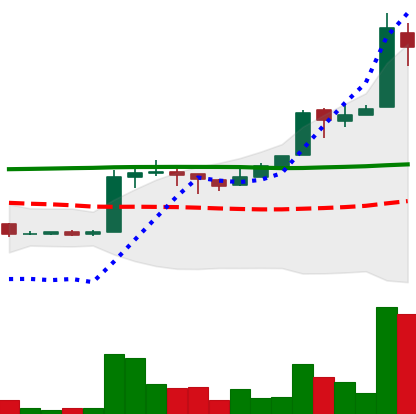
Ticker: EOS-USD
Chart end date: 2018-04-25
Forward return: 21.586%
Label: up_7plus